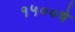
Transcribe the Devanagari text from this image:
१५००चे